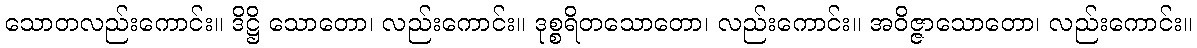
သောတလည်းကောင်း။ ဒိဋ္ဌိ သောတော၊ လည်းကောင်း။ ဒုစ္စရိတသောတော၊ လည်းကောင်း။ အဝိဇ္ဇာသောတော၊ လည်းကောင်း။